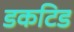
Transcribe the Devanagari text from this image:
डकटिड